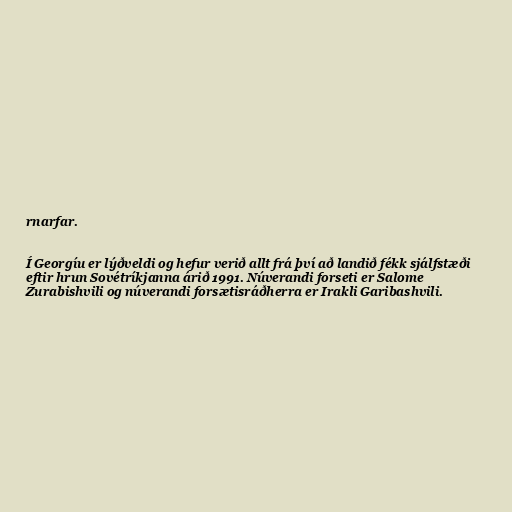
rnarfar.

Í Georgíu er lýðveldi og hefur verið allt frá því að landið fékk sjálfstæði
eftir hrun Sovétríkjanna árið 1991. Núverandi forseti er Salome
Zurabishvili og núverandi forsætisráðherra er Irakli Garibashvili.